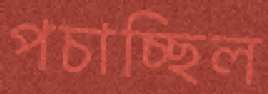
পচাচ্ছিল